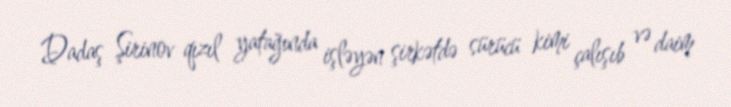
Dadaş Şirinov qızıl yatağında işləyən şirkətdə sürücü kimi çalışıb və daim